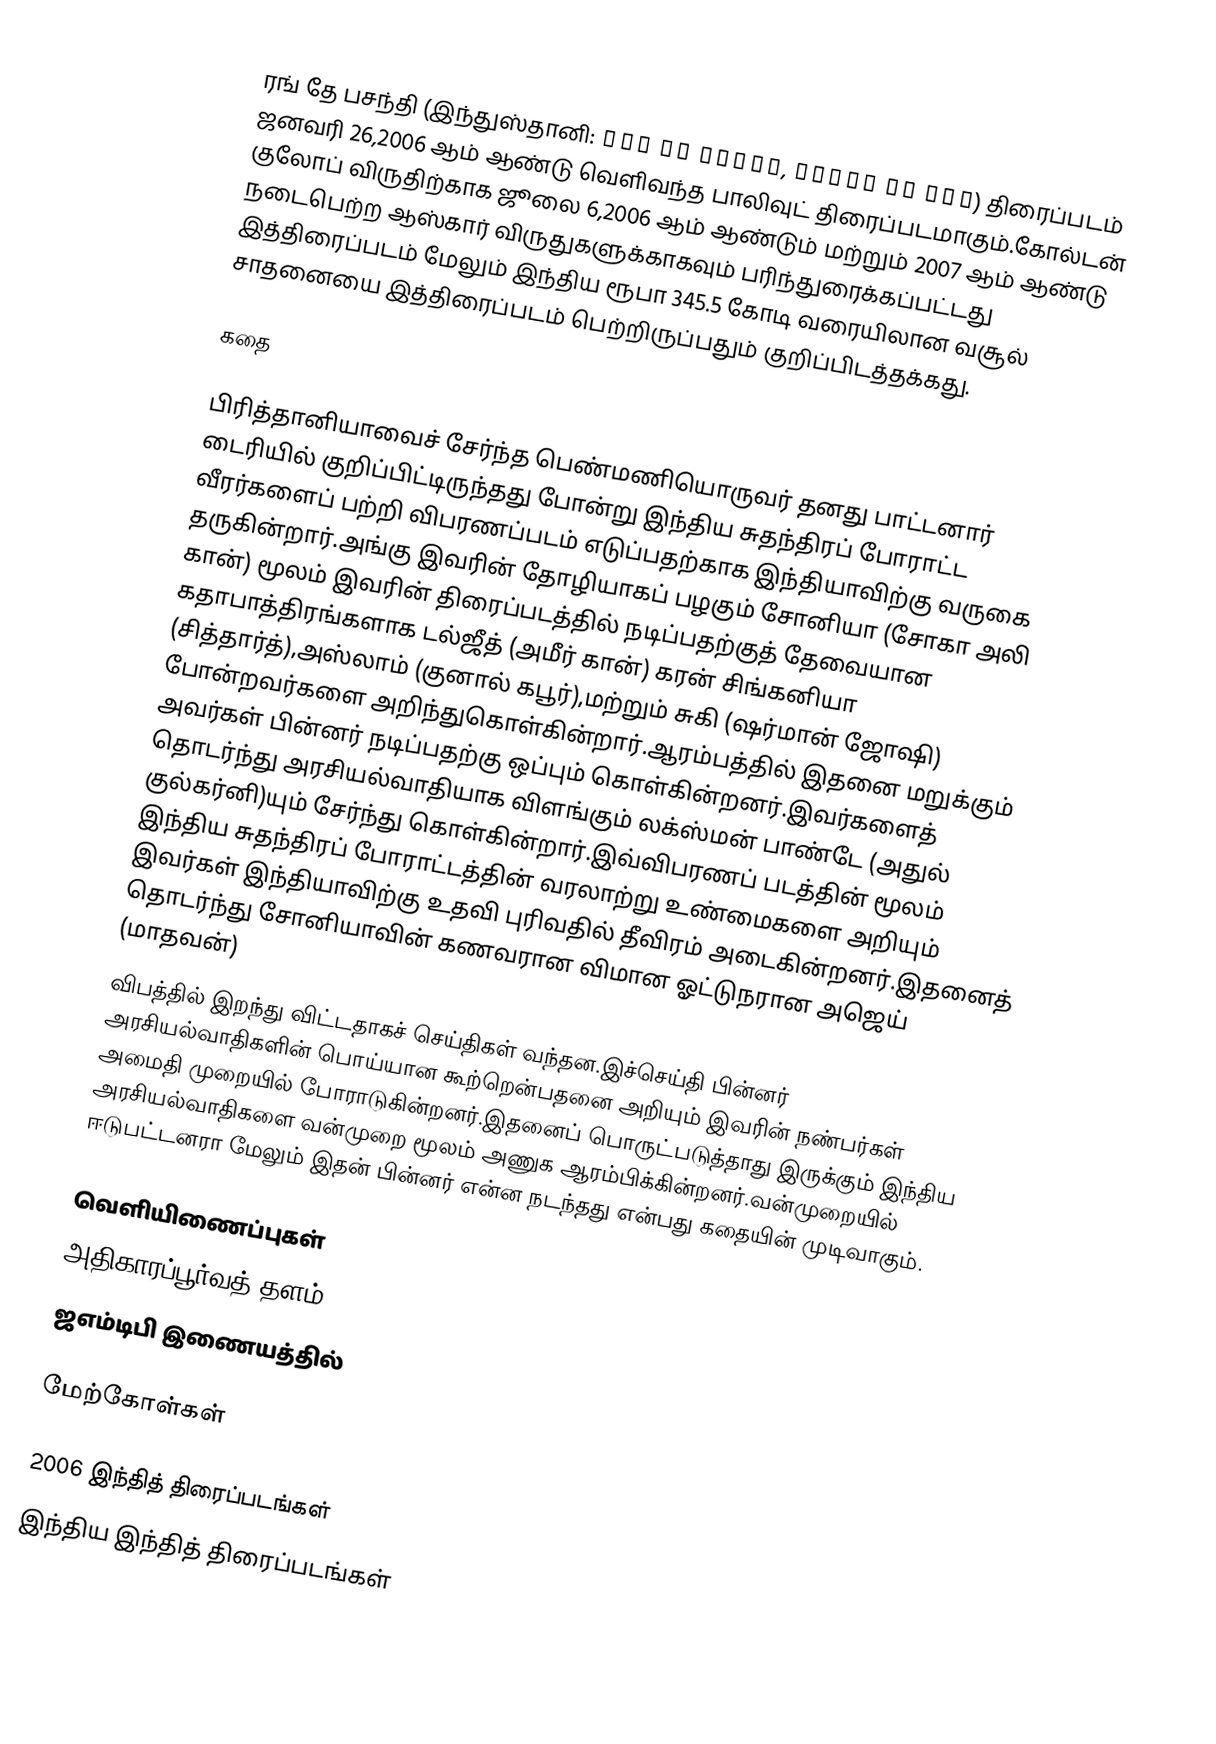
ரங் தே பசந்தி  (இந்துஸ்தானி: रंग दे बसंती, رنگ دے بسنتى) திரைப்படம் ஜனவரி 26,2006 ஆம் ஆண்டு வெளிவந்த பாலிவுட் திரைப்படமாகும்.கோல்டன் குலோப் விருதிற்காக ஜூலை 6,2006 ஆம் ஆண்டும் மற்றும் 2007 ஆம் ஆண்டு நடைபெற்ற ஆஸ்கார் விருதுகளுக்காகவும் பரிந்துரைக்கப்பட்டது இத்திரைப்படம் மேலும் இந்திய ரூபா 345.5 கோடி வரையிலான வசூல் சாதனையை இத்திரைப்படம் பெற்றிருப்பதும் குறிப்பிடத்தக்கது.

கதை

பிரித்தானியாவைச் சேர்ந்த பெண்மணியொருவர் தனது பாட்டனார் டைரியில் குறிப்பிட்டிருந்தது போன்று இந்திய சுதந்திரப் போராட்ட வீரர்களைப் பற்றி விபரணப்படம் எடுப்பதற்காக இந்தியாவிற்கு வருகை தருகின்றார்.அங்கு இவரின் தோழியாகப் பழகும் சோனியா (சோகா அலி கான்) மூலம் இவரின் திரைப்படத்தில் நடிப்பதற்குத் தேவையான கதாபாத்திரங்களாக டல்ஜீத் (அமீர் கான்) கரன் சிங்கனியா (சித்தார்த்),அஸ்லாம் (குனால் கபூர்),மற்றும் சுகி (ஷர்மான் ஜோஷி) போன்றவர்களை அறிந்துகொள்கின்றார்.ஆரம்பத்தில் இதனை மறுக்கும் அவர்கள் பின்னர் நடிப்பதற்கு ஒப்பும் கொள்கின்றனர்.இவர்களைத் தொடர்ந்து அரசியல்வாதியாக விளங்கும் லக்ஸ்மன் பாண்டே (அதுல் குல்கர்னி)யும் சேர்ந்து கொள்கின்றார்.இவ்விபரணப் படத்தின் மூலம் இந்திய சுதந்திரப் போராட்டத்தின் வரலாற்று உண்மைகளை அறியும் இவர்கள் இந்தியாவிற்கு உதவி புரிவதில் தீவிரம் அடைகின்றனர்.இதனைத் தொடர்ந்து சோனியாவின் கணவரான விமான ஓட்டுநரான அஜெய் (மாதவன்)
விபத்தில் இறந்து விட்டதாகச் செய்திகள் வந்தன.இச்செய்தி பின்னர் அரசியல்வாதிகளின் பொய்யான கூற்றென்பதனை அறியும் இவரின் நண்பர்கள் அமைதி முறையில் போராடுகின்றனர்.இதனைப் பொருட்படுத்தாது இருக்கும் இந்திய அரசியல்வாதிகளை வன்முறை மூலம் அணுக ஆரம்பிக்கின்றனர்.வன்முறையில் ஈடுபட்டனரா மேலும் இதன் பின்னர் என்ன நடந்தது என்பது கதையின் முடிவாகும்.

வெளியிணைப்புகள்
அதிகாரப்பூர்வத் தளம்
ஜஎம்டிபி இணையத்தில்

மேற்கோள்கள்

2006 இந்தித் திரைப்படங்கள்
இந்திய இந்தித் திரைப்படங்கள்